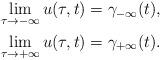
LaTeX: \begin{align*}\aligned\lim_{\tau \to -\infty} u(\tau,t) &= \gamma_{-\infty} (t),\\\lim_{\tau \to +\infty} u(\tau,t) &= \gamma_{+\infty} (t).\endaligned\end{align*}